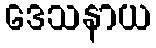
ဒေသနာယ